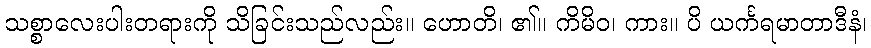
သစ္စာလေးပါးတရားကို သိခြင်းသည်လည်း။ ဟောတိ၊ ၏။ ကိမိဝ၊ ကား။ ပိ ယင်္ကရမာတာဒီနံ၊